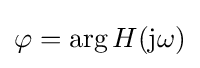
\varphi =\arg H(\mathrm {j} \omega )